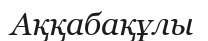
Аққабақұлы